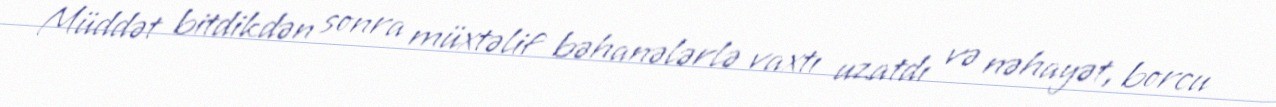
Müddət bitdikdən sonra müxtəlif bəhanələrlə vaxtı uzatdı və nəhayət, borcu